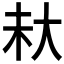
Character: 𪥊